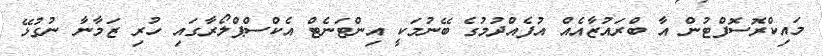
މައިކްރޮސޮފްޓުން އާ ބްރައުޒާއެއް އުފެއްދުމުގެ ބޭނުމަކީ އިންޓަނެޓް އެކްސްޕްލޯރާގައި ހުރި ޒަމާނާ ނުގުޅޭ